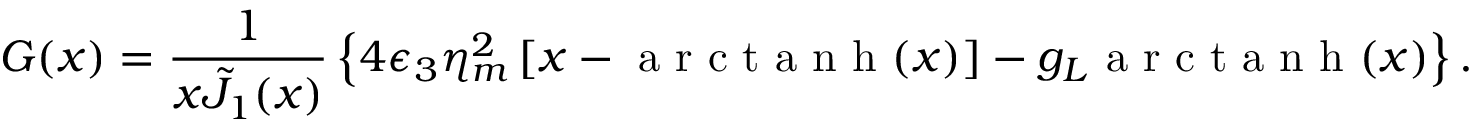
G ( x ) = \frac { 1 } { x \tilde { J } _ { 1 } ( x ) } \left\{ 4 \epsilon _ { 3 } \eta _ { m } ^ { 2 } \left[ x - \mathrm { ~ a ~ r ~ c ~ t ~ a ~ n ~ h ~ } ( x ) \right] - g _ { L } \mathrm { ~ a ~ r ~ c ~ t ~ a ~ n ~ h ~ } ( x ) \right\} .